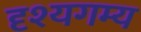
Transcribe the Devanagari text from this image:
दृश्यगम्य